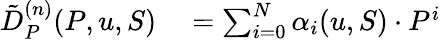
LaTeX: \begin{array}{rl}{\tilde{D}_{P}^{(n)}(P,u,S)}&{{}=\sum_{i=0}^{N}\alpha_{i}(u,S)\cdot P^{i}}\end{array}